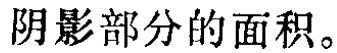
阴影部分的面积。